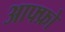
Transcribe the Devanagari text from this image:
आफ्फ्रो